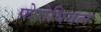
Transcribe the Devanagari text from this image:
फ़ेरोवियल